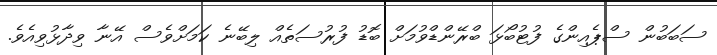
ސަބަބުން ސްޕެއިންގެ ފުޓުބޯޅަ ބްރޭންޑްވުމަށް ބޮޑު ފުރުސަތެއް ލިބޭނެ ކަމަށްވެސް އޭނާ ވިދާޅުވިއެވެ.